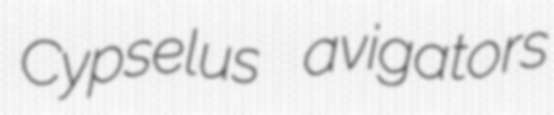
Cypselus avigators